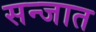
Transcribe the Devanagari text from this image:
सन्जात